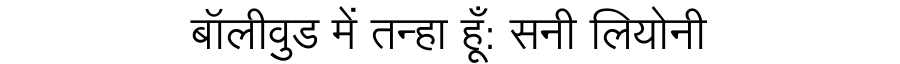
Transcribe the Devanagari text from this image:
बॉलीवुड में तन्हा हूँ: सनी लियोनी